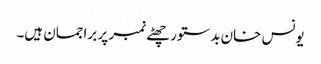
یونس خان بدستور چھٹے نمبر پر براجمان ہیں۔